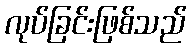
လုပ်ခြင်းဖြစ်သည်